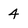
Character: 4